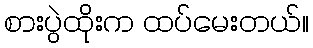
စားပွဲထိုးက ထပ်မေးတယ်။